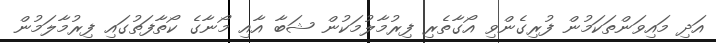
އަދި މައިވަންތަކަމުން ފުރިގެންވި އޯގާތެރި ފިރުމާލުމަކުން ޝަބާ އާއި މޯނާގެ ކޯތާފަތުގައި ފިރުމާލަމުން